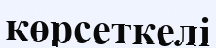
көрсеткелі